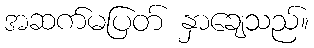
အဆက်မပြတ် နှာချေသည်။